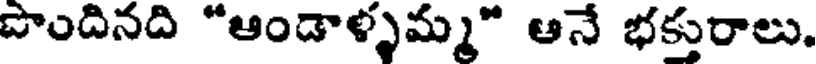
పొందినది "ఆండాళ్ళమ్మ" ఆనే భక్తురాలు.